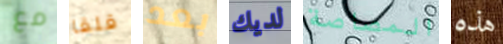
مع قلقا بعد لديك المصاصة هذه